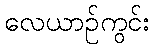
လေယာဉ်ကွင်း